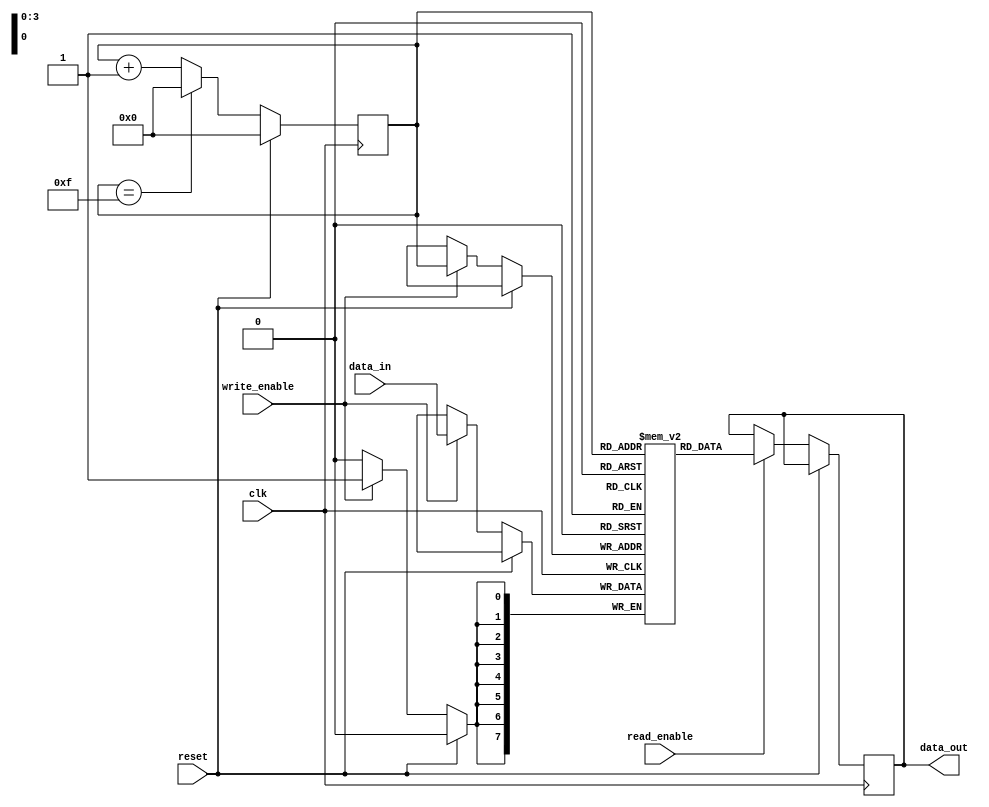
module CircularRegisterFile (
    input wire clk,
    input wire reset,
    input wire [7:0] data_in,
    input wire write_enable,
    input wire read_enable,
    output reg [7:0] data_out
);

parameter REG_SIZE = 8;
parameter NUM_REGISTERS = 16;

reg [7:0] mem [0:NUM_REGISTERS-1];
reg [3:0] pointer;

always @(posedge clk) begin
    if (reset) begin
        pointer <= 0;
    end else begin
        if (write_enable) begin
            mem[pointer] <= data_in;
        end
        if (read_enable) begin
            data_out <= mem[pointer];
        end
        
        pointer <= (pointer == NUM_REGISTERS-1) ? 0 : pointer + 1;
    end
end

endmodule